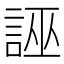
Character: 誣